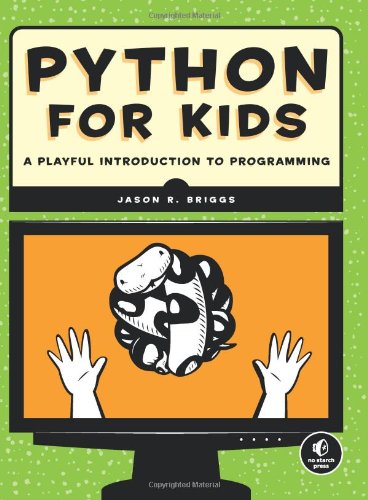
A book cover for Python for Kids: A Playful Introduction to Programming; Jason R. Briggs; Computers & Technology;